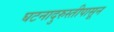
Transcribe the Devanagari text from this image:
घटनादुरुस्तीपासून